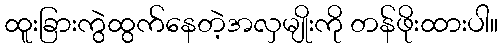
ထူးခြားကွဲထွက်နေတဲ့အလှမျိုးကို တန်ဖိုးထားပါ။